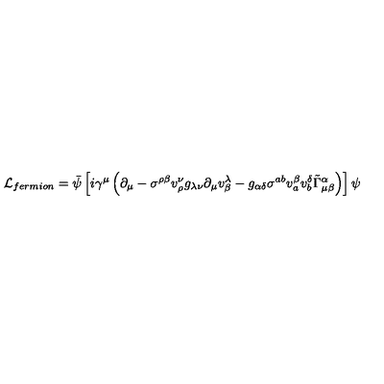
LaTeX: { \cal L } _ { f e r m i o n } = \bar { \psi } \left[ i \gamma ^ { \mu } \left( \partial _ { \mu } - \sigma ^ { \rho \beta } v _ { \rho } ^ { \nu } g _ { \lambda \nu } \partial _ { \mu } v _ { \beta } ^ { \lambda } - g _ { \alpha \delta } \sigma ^ { a b } v _ { a } ^ { \beta } v _ { b } ^ { \delta } \tilde { \Gamma } ^ { \alpha } _ { \mu \beta } \right) \right] \psi